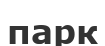
парк